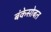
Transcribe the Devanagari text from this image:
बंकेसोबत